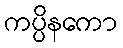
ကပ္ပိနကော